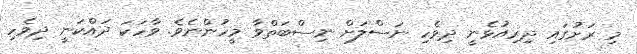
މި ރަށުގައި ދިރިއުޅެނީ ދިވެހި ނަސްލަށް ނިސްބަތްވާ މީހުންނެވެ. ވާހަކަ ދައްކަނީ ދިވެހި